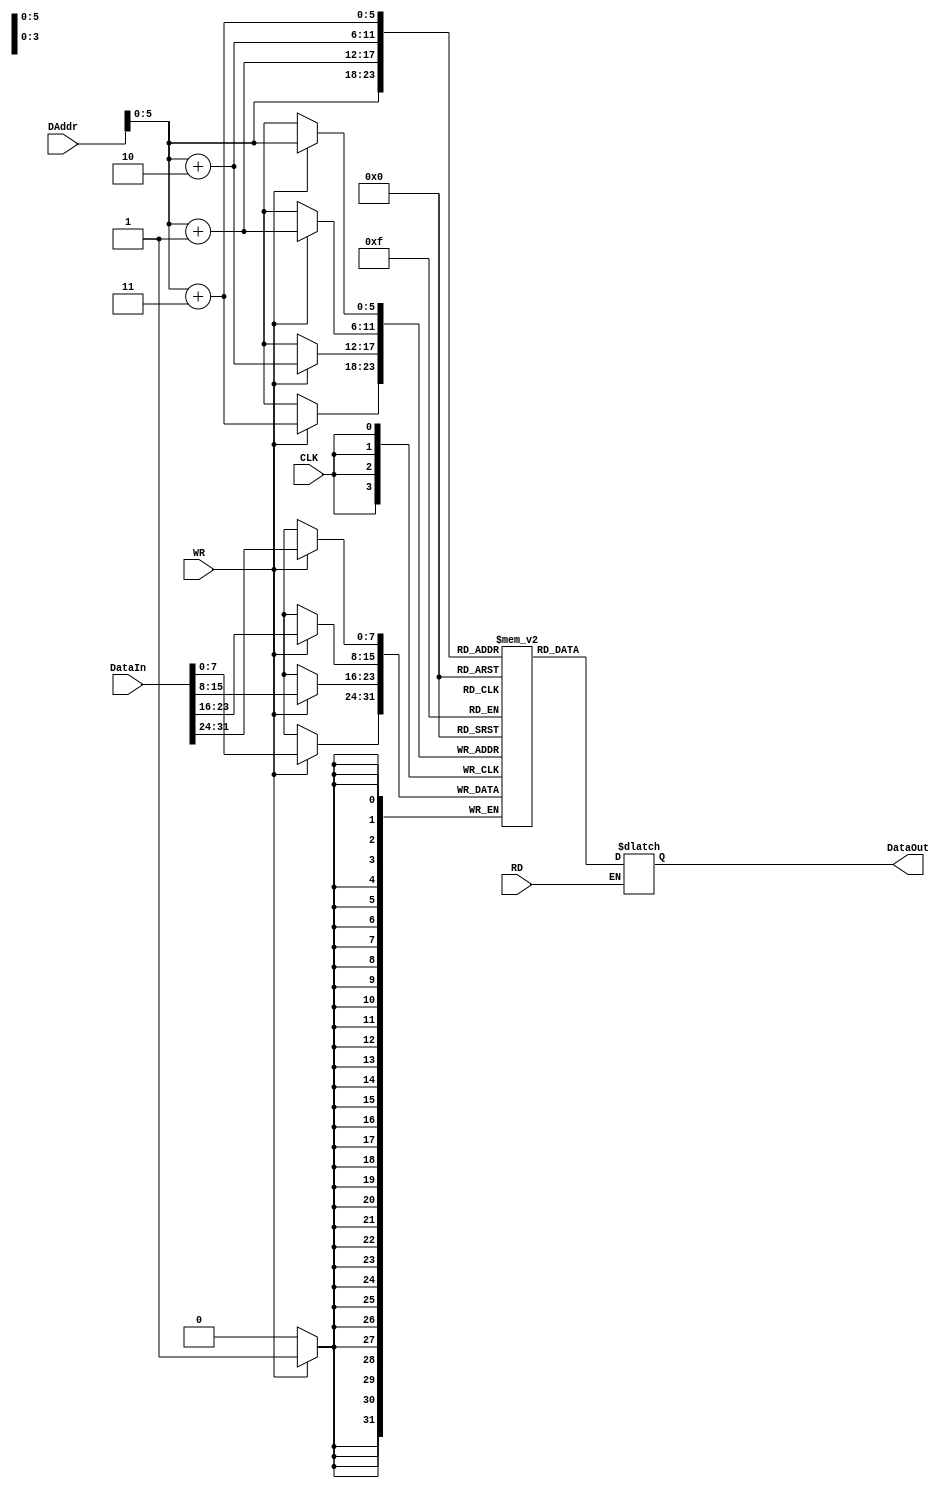
`timescale 1ns / 1ps
module DataMem(
    input CLK,
    input RD,
    input WR,
    input[31:0] DAddr,
    input[31:0] DataIn,
    output reg[31:0] DataOut
);
    // initial begin
    //     DataOut<=31'b0;
    // end
    reg[7:0] data[0:63];
    always@(RD or DAddr)begin
        if(RD)begin
            DataOut[31:24]=data[DAddr];
            DataOut[23:16]=data[DAddr+1];
            DataOut[15:8]=data[DAddr+2];
            DataOut[7:0]=data[DAddr+3];
        end
    end
    always@(posedge CLK)begin
        if(WR)begin
            data[DAddr]=DataIn[31:24];
            data[DAddr+1]=DataIn[23:16];
            data[DAddr+2]=DataIn[15:8];
            data[DAddr+3]=DataIn[7:0];
        end
    end
endmodule